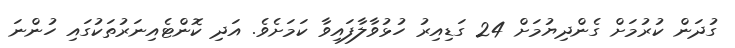
ގުދަން ކުރުމަށް ގެންދިޔުމަށް 24 ގަޑިއިރު ހުޅުވާލާފައިވާ ކަމަށެވެ. އަދި ކޮންޓެއިނަރުތަކުގައި ހުންނަ